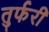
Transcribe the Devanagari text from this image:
तुर्फरी